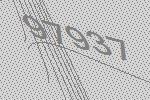
97937